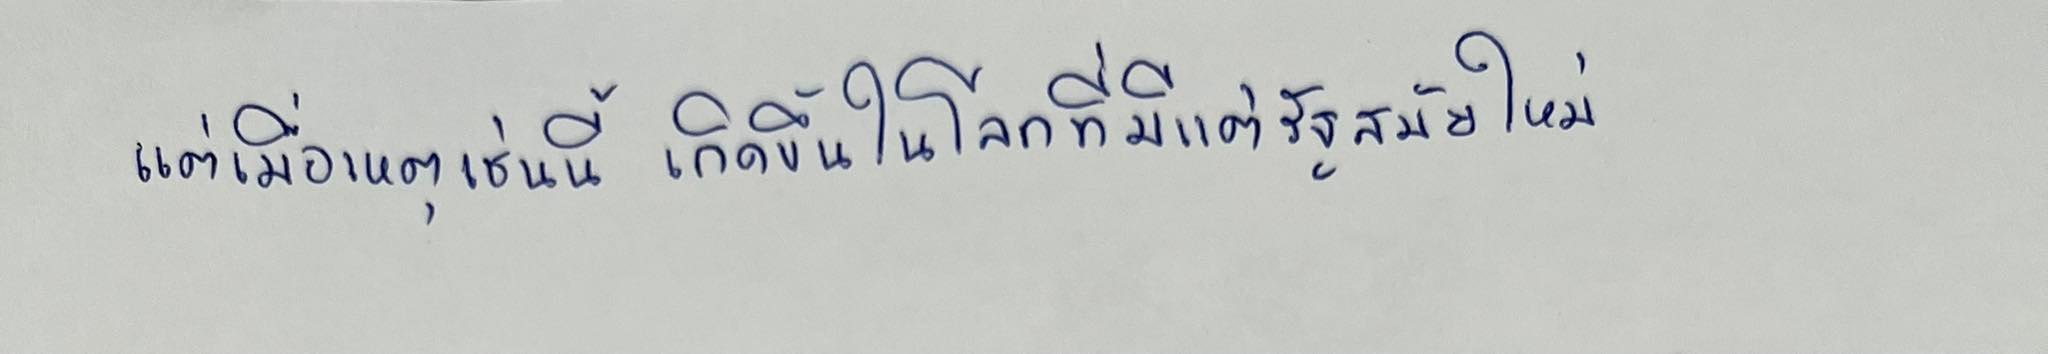
แต่เมื่อเหตุเช่นนี้เกิดขึ้นในโลกที่มีแต่รัฐสมัยใหม่